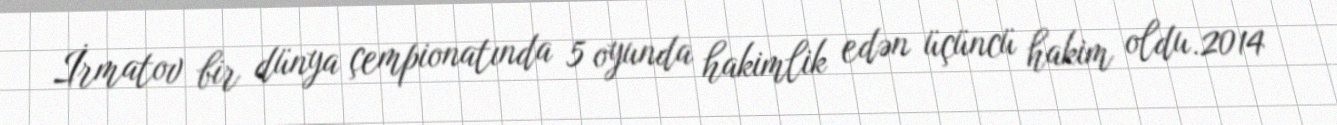
İrmatov bir dünya çempionatında 5 oyunda hakimlik edən üçüncü hakim oldu.2014